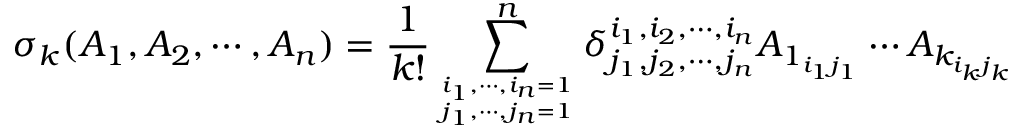
\sigma _ { k } ( A _ { 1 } , A _ { 2 } , \cdots , A _ { n } ) = \frac { 1 } { k ! } \sum _ { i _ { 1 } , \cdots , i _ { n } = 1 \atop j _ { 1 } , \cdots , j _ { n } = 1 } ^ { n } \delta _ { j _ { 1 } , j _ { 2 } , \cdots , j _ { n } } ^ { i _ { 1 } , i _ { 2 } , \cdots , i _ { n } } A _ { 1 _ { i _ { 1 } j _ { 1 } } } \cdots A _ { k _ { i _ { k } j _ { k } } }